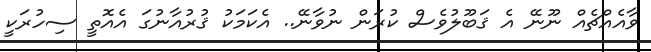
ވާއެއްޗެއް ނޫނޭ އެ ޤަބޫލުވެސް ކުރަން ނުވާނޭ.. އެކަމަކު ޤުރުއާނުގަ އެއޮތީ ސިހުރަކީ